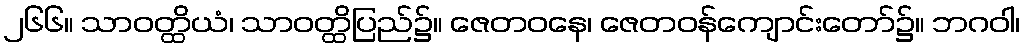
၂၆၆။ သာဝတ္ထိယံ၊ သာဝတ္ထိပြည်၌။ ဇေတဝနေ၊ ဇေတဝန်ကျောင်းတော်၌။ ဘဂဝါ၊